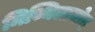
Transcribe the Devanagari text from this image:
मिथ्थिलामोद